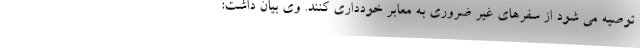
توصیه می شود از سفرهای غیر ضروری به معابر خودداری کنند. وی بیان داشت: